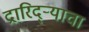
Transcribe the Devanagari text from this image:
द्रारिद्‌र्‍याचा